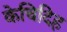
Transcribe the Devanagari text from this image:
केचिदिह